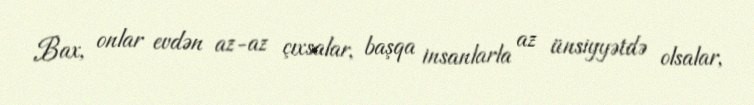
Bax, onlar evdən az-az çıxsalar, başqa insanlarla az ünsiyyətdə olsalar,